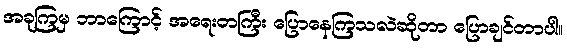
အခုကြမှ ဘာကြောင့် အရေးတကြီး ပြောနေကြသလဲဆိုတာ ပြောချင်တာပါ။